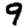
Digit: 9